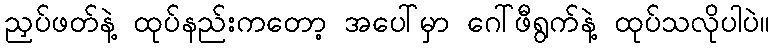
ညှပ်ဖတ်နဲ့ ထုပ်နည်းကတော့ အပေါ်မှာ ဂေါ်ဖီရွက်နဲ့ ထုပ်သလိုပါပဲ။